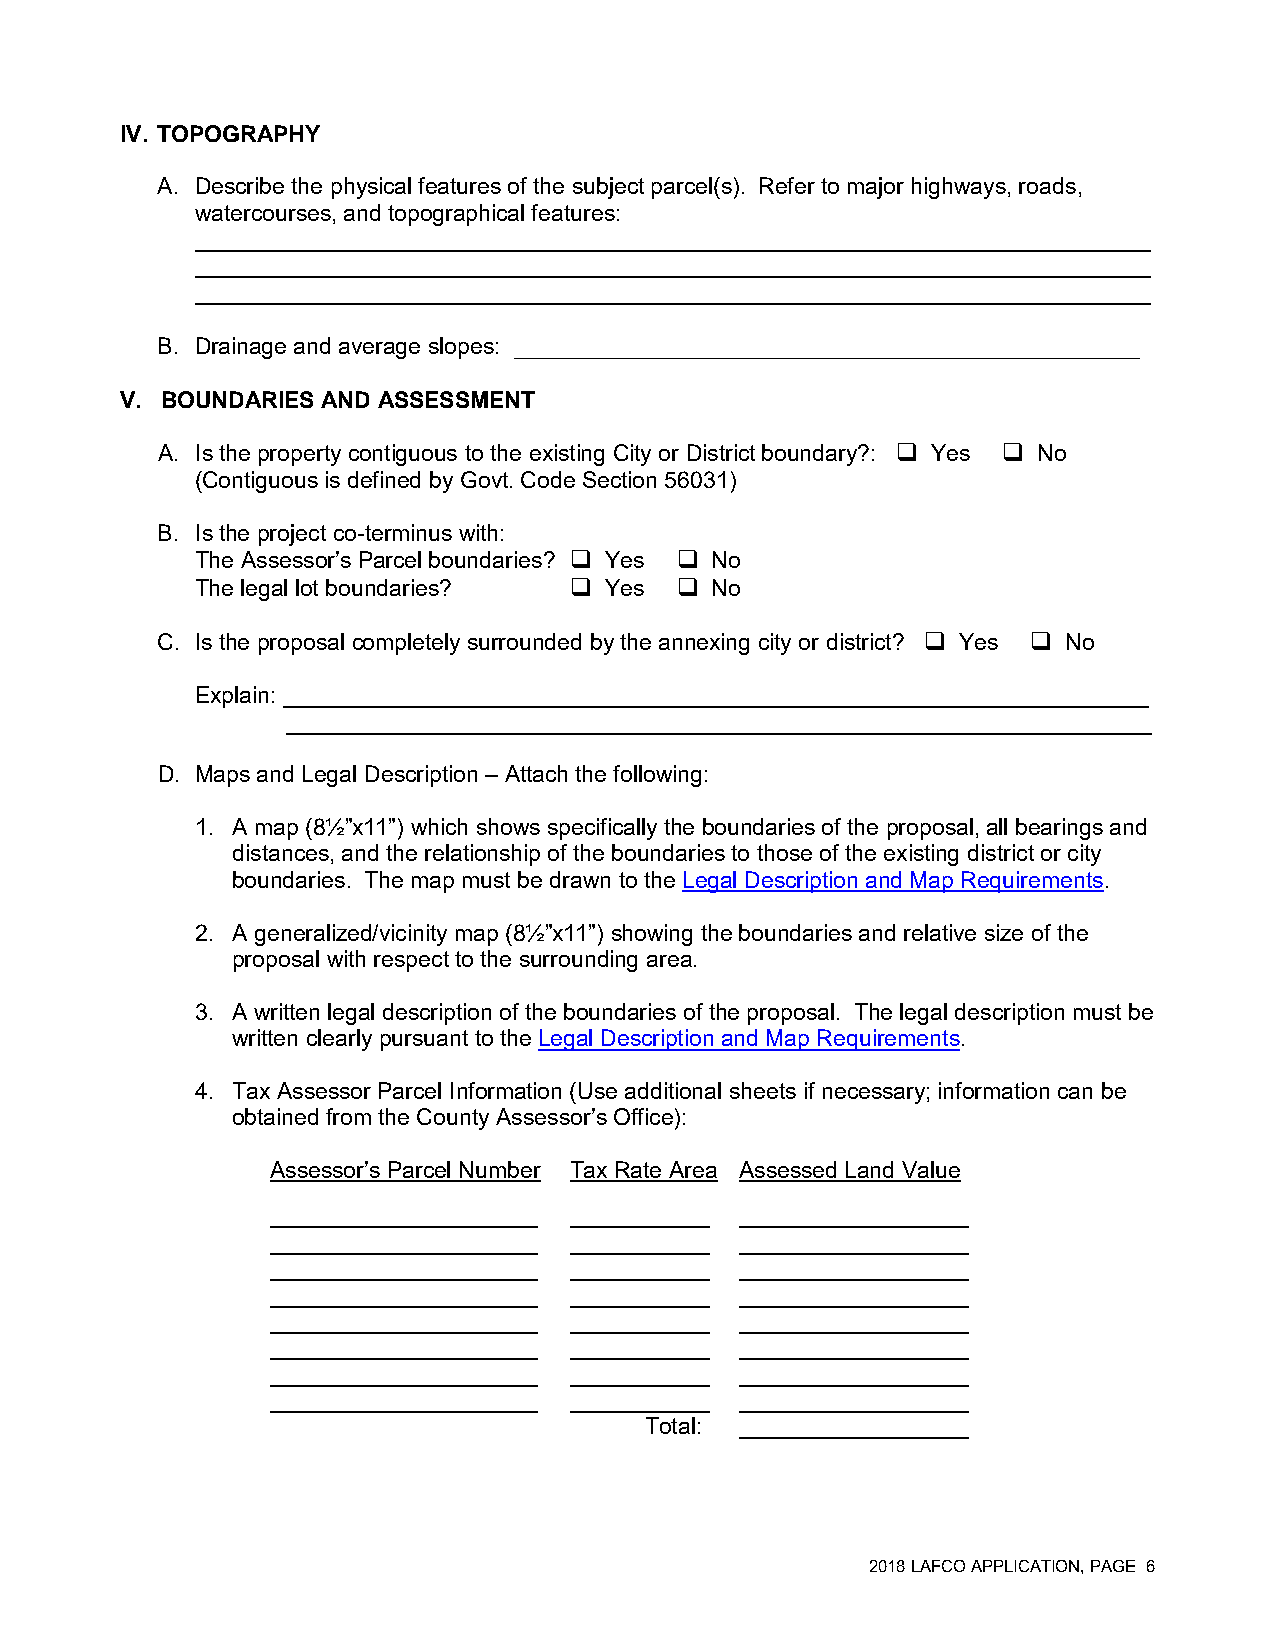
IV. TOPOGRAPHY
 A. Describe the physical features of the subject parcel(s). Refer to major highways, roads,
 watercourses, and topographical features:
 ___________________________________________________________________________
 ___________________________________________________________________________
 ___________________________________________________________________________
 B. Drainage and average slopes: _____________________________________________
 V. BOUNDARIES AND ASSESSMENT
 A. Is the property contiguous to the existing City or District boundary?:  Yes  No
 (Contiguous is defined by Govt. Code Section 56031)
 B. Is the project co-terminus with:
 The Assessor’s Parcel boundaries?  Yes  No
 The legal lot boundaries?  Yes  No
 C. Is the proposal completely surrounded by the annexing city or district?  Yes  No
 Explain: ____________________________________________________________________
 ____________________________________________________________________
 D. Maps and Legal Description – Attach the following:
 1. A map (8½”x11”) which shows specifically the boundaries of the proposal, all bearings and
 distances, and the relationship of the boundaries to those of the existing district or city
 boundaries. The map must be drawn to the Legal Description and Map Requirements.
 2. A generalized/vicinity map (8½”x11”) showing the boundaries and relative size of the
 proposal with respect to the surrounding area.
 3. A written legal description of the boundaries of the proposal. The legal description must be
 written clearly pursuant to the Legal Description and Map Requirements.
 4. Tax Assessor Parcel Information (Use additional sheets if necessary; information can be
 obtained from the County Assessor’s Office):
 Assessor’s Parcel Number Tax Rate Area Assessed Land Value
 _____________________ ___________ __________________
 _____________________ ___________ __________________
 _____________________ ___________ __________________
 _____________________ ___________ __________________
 _____________________ ___________ __________________
 _____________________ ___________ __________________
 _____________________ ___________ __________________
 _____________________ ___________ __________________
 Total: __________________
 2018 LAFCO APPLICATION, PAGE 6